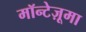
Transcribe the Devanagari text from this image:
मॉन्टेज़ूमा